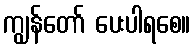
ကျွန်တော် ပေးပါရစေ။